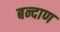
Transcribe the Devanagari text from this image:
बन्दाण